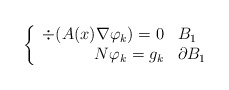
\begin{align*}\left\{\begin{array}{rl}\div(A(x) \nabla \varphi_k) = 0 & B_1\\N \varphi_k = g_k & \partial B_1\end{array}\right.\end{align*}